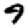
Digit: 9